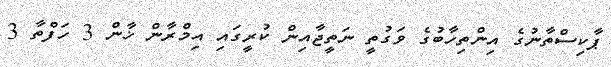
ޕާކިސްތާނުގެ އިންތިހާބުގެ ވަގުތީ ނަތީޖާއިން ކުރީގައި އިމްރާން ޚާން 3 ހަފްތާ 3